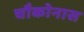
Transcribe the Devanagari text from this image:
चौकोनास